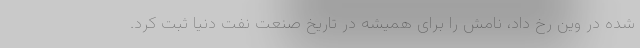
شده در وین رخ داد، نامش را برای همیشه در تاریخ صنعت نفت دنیا ثبت کرد.